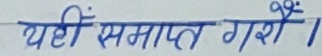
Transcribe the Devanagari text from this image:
यहीं समाप्त गरें।